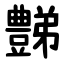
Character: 豑